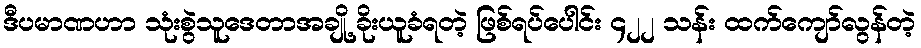
ဒီပမာဏဟာ သုံးစွဲသူဒေတာအချို့ ခိုးယူခံရတဲ့ ဖြစ်ရပ်ပေါင်း ၄၂၂ သန်း ထက်ကျော်လွန်တဲ့